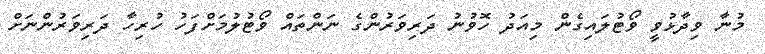
މުނާ ވިދާޅުވީ ވޯޓުލައިގެން މިއަދު ހޮވުނު ދަރިވަރުންގެ ނަންތައް ވޯޓުލުމަށްފަހު ހުރިހާ ދަރިވަރުންނަށް